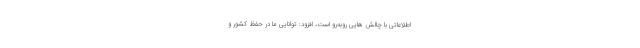
اطلاعاتی با چالش هایی روبه‌رو است، افزود: توانایی ما در حفظ کشور و